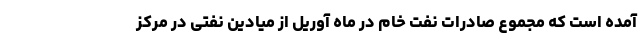
آمده است که مجموع صادرات نفت خام در ماه آوریل از میادین نفتی در مرکز